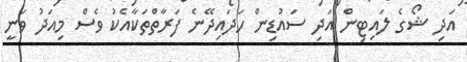
އަދި ޝޯގެ ލައިޓިން އަދި ސައުޑިން ހަދައިދޭނެ ފަރާތްތަކާއެކު ވެސް މިއަދު ވަނީ